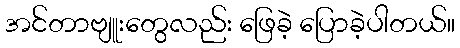
အင်တာဗျူးတွေလည်း ဖြေခဲ့ ပြောခဲ့ပါတယ်။